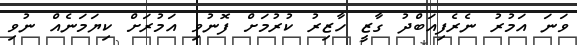
ވަނަ އަމުރު ނެރެފިއަބްދު ގާޒީ ހާޒިރު ކުރުމަށް ފޮނުވި އަމުރަށް ކިޔަމަނެއް ނުވި